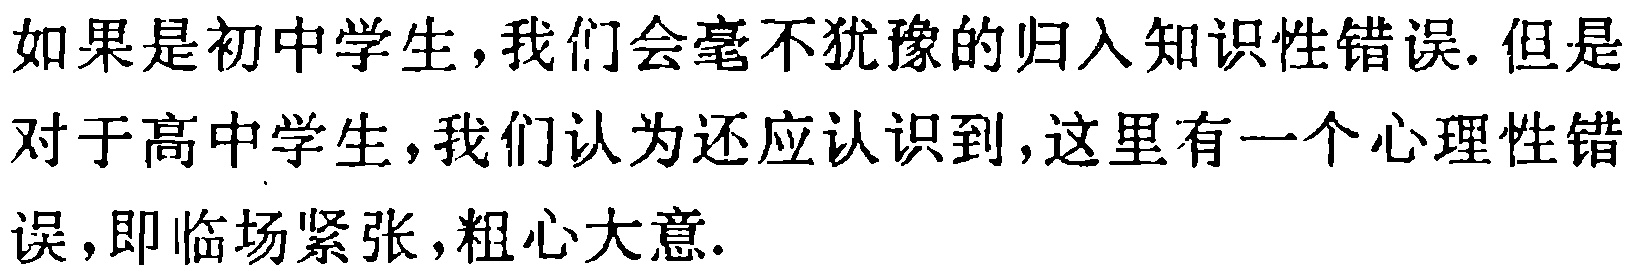
如果是初中学生，我们会毫不犹豫的归入知识性错误. 但是对于高中学生，我们认为还应认识到，这里有一个心理性错误，即临场紧张，粗心大意.